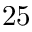
2 5